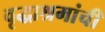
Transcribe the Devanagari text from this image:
वृद्धाश्रमांची